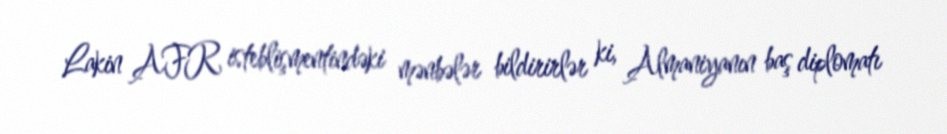
Lakin AFR isteblişmentindəki mənbələr bildirirlər ki, Almaniyanın baş diplomatı